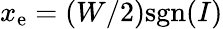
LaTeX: x_{\mathrm{e}}=(W/2)\mathrm{sgn}(I)